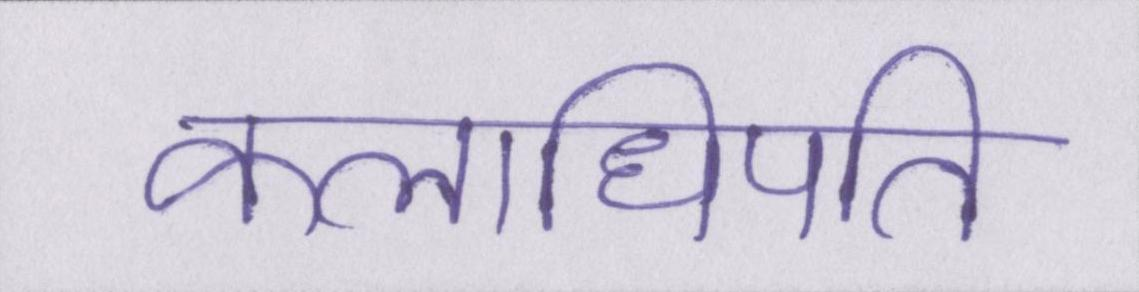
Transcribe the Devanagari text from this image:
कलाधिपति